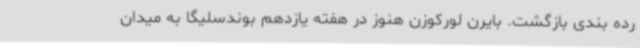
رده بندی بازگشت. بایرن لورکوزن هنوز در هفته یازدهم بوندسلیگا به میدان